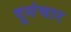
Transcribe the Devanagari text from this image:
दूसंचार